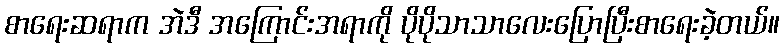
စာရေးဆရာက အဲဒီ အကြောင်းအရာကို ပိုပိုသာသာလေးပြောပြီးစာရေးခဲ့တယ်။